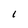
Character: I